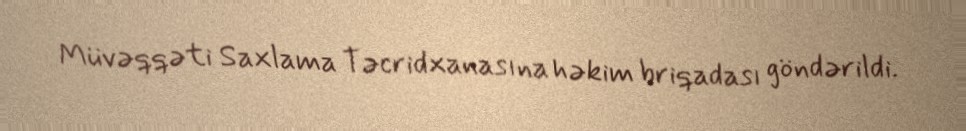
Müvəqqəti Saxlama Təcridxanasına həkim briqadası göndərildi.